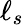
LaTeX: \ell_{s}